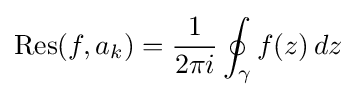
\operatorname {Res} (f,a_{k})={1 \over 2\pi i}\oint _{\gamma }f(z)\,dz